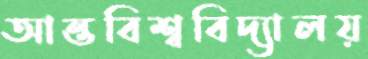
আন্তবিশ্ববিদ্যালয়